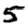
Digit: 5